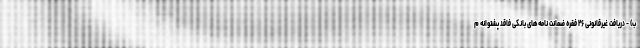
ب) - دریافت غیرقانونی ۲۶ فقره ضمانت نامه‌های بانکی فاقد پشتوانه م